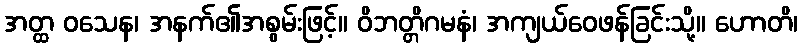
အတ္ထ ဝသေန၊ အနက်၏အစွမ်းဖြင့်။ ဝိဘတ္တိဂမနံ၊ အကျယ်ဝေဖန်ခြင်းသို့။ ဟောတိ၊